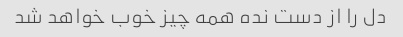
دل را از دست نده همه چیز خوب خواهد شد